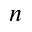
n